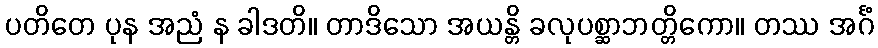
ပတိတေ ပုန အညံ န ခါဒတိ။ တာဒိသော အယန္တိ ခလုပစ္ဆာဘတ္တိကော။ တဿ အင်္ဂံ